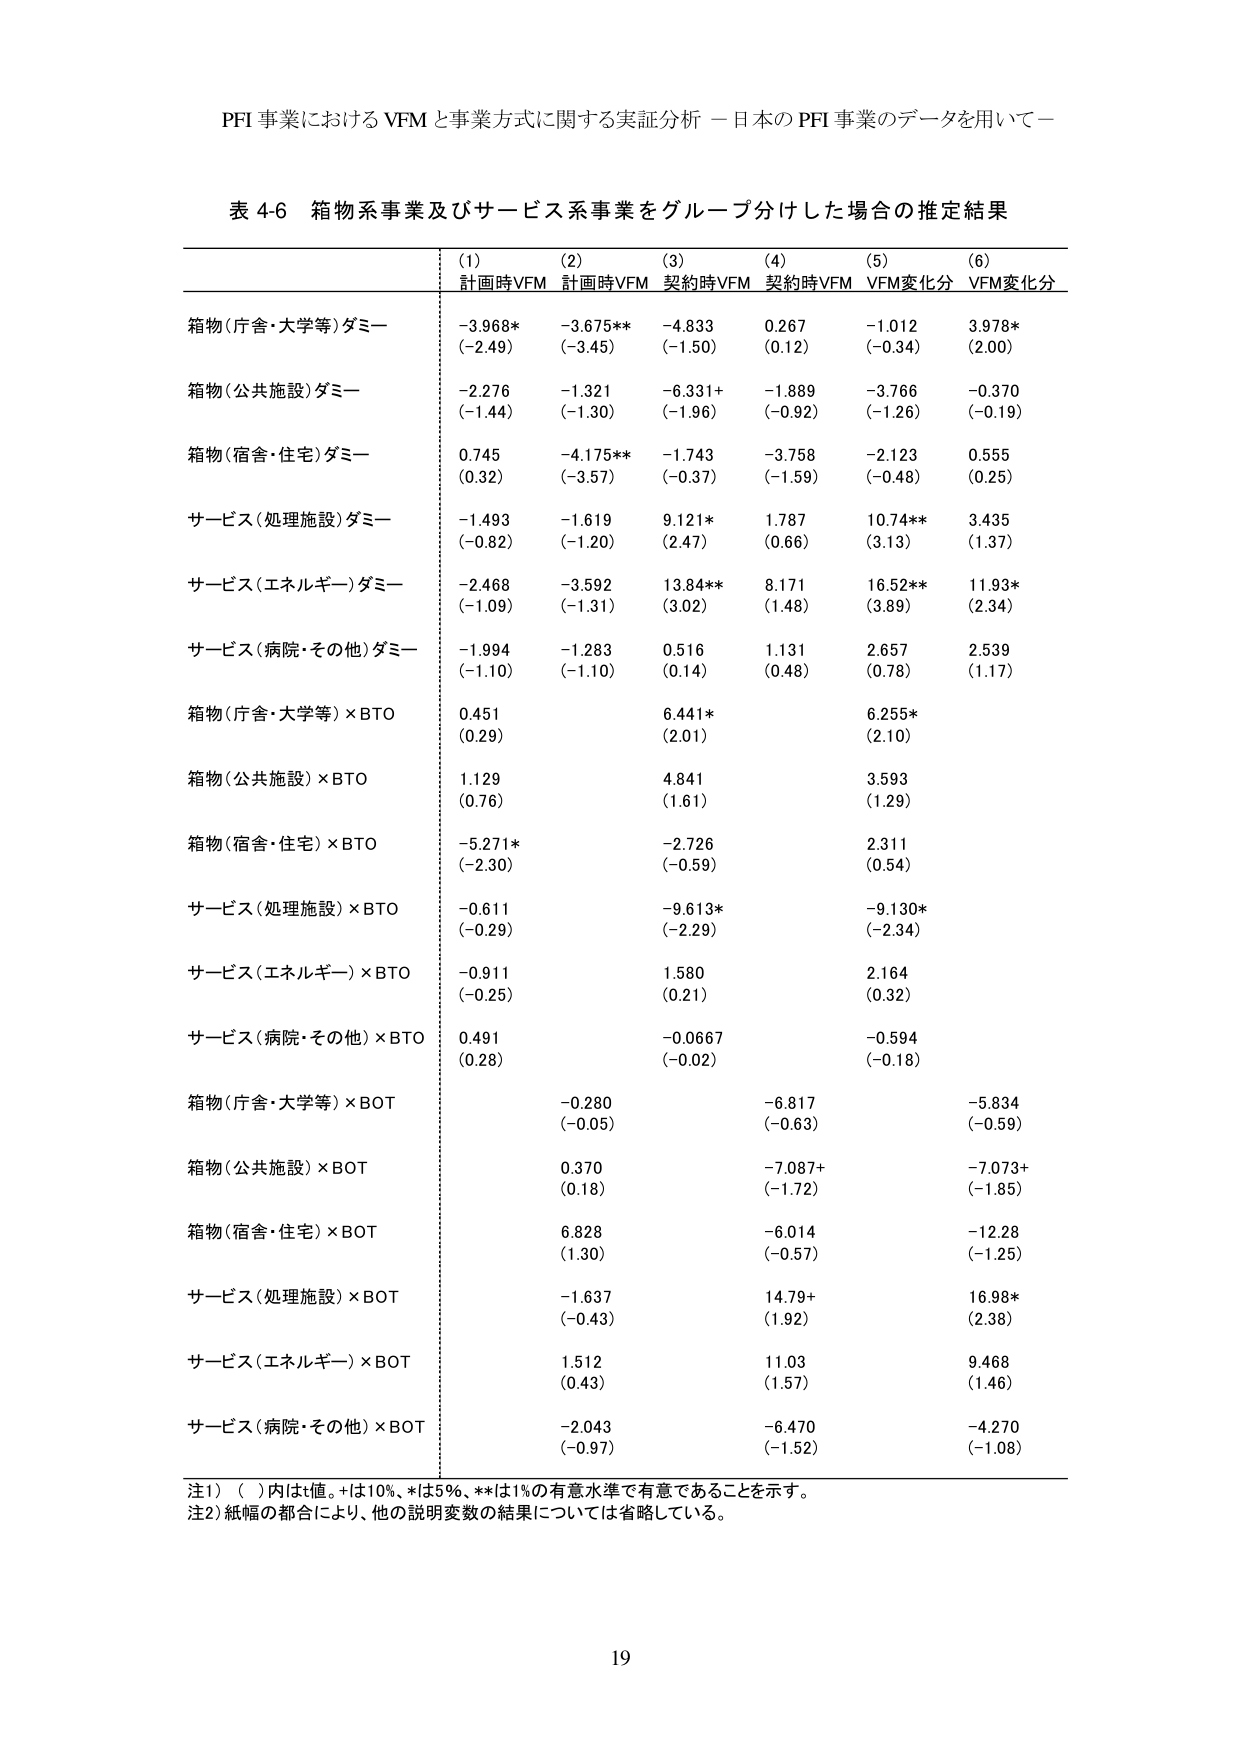
PFI 事業における VFM と事業方式に関する実証分析 －日本の PFI 事業のデータを用いて－

表 4-6 箱物系事業及びサービス系事業をグループ分けした場合の推定結果

(1) (2) (3) (4) (5) (6)
計画時VFM 計画時VFM 契約時VFM 契約時VFM VFM変化分 VFM変化分

箱物（庁舎・大学等）ダミー
-3.968* (-2.49) -3.675** (-3.45) -4.833 (-1.50) 0.267 (0.12) -1.012 (-0.34) 3.978* (2.00)

箱物（公共施設）ダミー
-2.276 (-1.44) -1.321 (-1.30) -6.331+ (-1.96) -1.889 (-0.92) -3.766 (-1.26) -0.370 (-0.19)

箱物（宿舎・住宅）ダミー
0.745 (0.32) -4.175** (-3.57) -1.743 (-0.37) -3.758 (-1.59) -2.123 (-0.48) 0.555 (0.25)

サービス（処理施設）ダミー
-1.493 (-0.82) -1.619 (-1.20) 9.121* (2.47) 1.787 (0.66) 10.74** (3.13) 3.435 (1.37)

サービス（エネルギー）ダミー
-2.468 (-1.09) -3.592 (-1.31) 13.84** (3.02) 8.171 (1.48) 16.52** (3.89) 11.93* (2.34)

サービス（病院・その他）ダミー
-1.994 (-1.10) -1.283 (-1.10) 0.516 (0.14) 1.131 (0.48) 2.657 (0.78) 2.539 (1.17)

箱物（庁舎・大学等）×BTO
0.451 (0.29) 6.441* (2.01) 6.255* (2.10)

箱物（公共施設）×BTO
1.129 (0.76) 4.841 (1.61) 3.593 (1.29)

箱物（宿舎・住宅）×BTO
-5.271* (-2.30) -2.726 (-0.59) 2.311 (0.54)

サービス（処理施設）×BTO
-0.611 (-0.29) -9.613* (-2.29) -9.130* (-2.34)

サービス（エネルギー）×BTO
-0.911 (-0.25) 1.580 (0.21) 2.164 (0.32)

サービス（病院・その他）×BTO
0.491 (0.28) -0.0667 (-0.02) -0.594 (-0.18)

箱物（庁舎・大学等）×BOT
-0.280 (-0.05) -6.817 (-0.63) -5.834 (-0.59)

箱物（公共施設）×BOT
0.370 (0.18) -7.087+ (-1.72) -7.073+ (-1.85)

箱物（宿舎・住宅）×BOT
6.828 (1.30) -6.014 (-0.57) -12.28 (-1.25)

サービス（処理施設）×BOT
-1.637 (-0.43) 14.79+ (1.92) 16.98* (2.38)

サービス（エネルギー）×BOT
1.512 (0.43) 11.03 (1.57) 9.468 (1.46)

サービス（病院・その他）×BOT
-2.043 (-0.97) -6.470 (-1.52) -4.270 (-1.08)

注1）（ ）内はt値。+は10%、*は5%、**は1%の有意水準で有意であることを示す。
注2）紙幅の都合により、他の説明変数の結果については省略している。

19